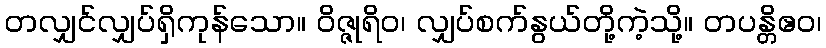
တလျှင်လျှပ်ရှိကုန်သော။ ဝိဇ္ဇုရိဝ၊ လျှပ်စက်နွယ်တို့ကဲ့သို့။ တပန္တိဧဝ၊